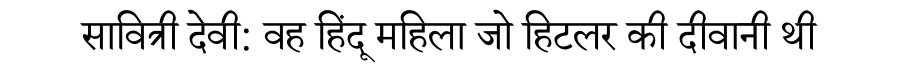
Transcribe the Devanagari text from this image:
सावित्री देवी: वह हिंदू महिला जो हिटलर की दीवानी थी